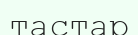
тастар